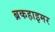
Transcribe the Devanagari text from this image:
ब्रकहाइमर